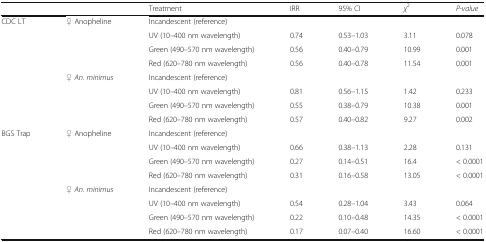
|  |  | Treatment | IRR | 95% CI | χ2 | P-value |
 | --- | --- | --- | --- | --- | --- | --- |
 | <ROWSPAN=8> CDC LT | ♀ Anopheline | Incandescent (reference) |  |  |  |  |
 |  | UV (10–400 nm wavelength) | 0.74 | 0.53–1.03 | 3.11 | 0.078 |
 |  | Green (490–570 nm wavelength) | 0.56 | 0.40–0.79 | 10.99 | 0.001 |
 |  | Red (620–780 nm wavelength) | 0.56 | 0.40–0.78 | 11.54 | 0.001 |
 | ♀ An. minimus | Incandescent (reference) |  |  |  |  |
 |  | UV (10–400 nm wavelength) | 0.81 | 0.56–1.15 | 1.42 | 0.233 |
 |  | Green (490–570 nm wavelength) | 0.55 | 0.38–0.79 | 10.38 | 0.001 |
 |  | Red (620–780 nm wavelength) | 0.57 | 0.40–0.82 | 9.27 | 0.002 |
 | <ROWSPAN=8> BGS Trap | ♀ Anopheline | Incandescent (reference) |  |  |  |  |
 |  | UV (10–400 nm wavelength) | 0.66 | 0.38–1.13 | 2.28 | 0.131 |
 |  | Green (490–570 nm wavelength) | 0.27 | 0.14–0.51 | 16.4 | < 0.0001 |
 |  | Red (620–780 nm wavelength) | 0.31 | 0.16–0.58 | 13.05 | < 0.0001 |
 | ♀ An. minimus | Incandescent (reference) |  |  |  |  |
 |  | UV (10–400 nm wavelength) | 0.54 | 0.28–1.04 | 3.43 | 0.064 |
 |  | Green (490–570 nm wavelength) | 0.22 | 0.10–0.48 | 14.35 | < 0.0001 |
 |  | Red (620–780 nm wavelength) | 0.17 | 0.07–0.40 | 16.60 | < 0.0001 |